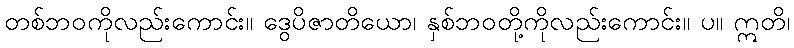
တစ်ဘဝကိုလည်းကောင်း။ ဒွေပိဇာတိယော၊ နှစ်ဘဝတို့ကိုလည်းကောင်း။ ပ။ ဣတိ၊